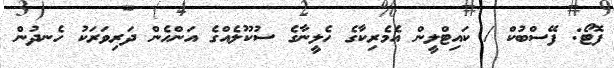
ފޮޓޯ: ފޭސްބުކް / ކައިޓްލީން އެމެރިކާގެ ހެލީނާގެ ސުކޫލެއްގެ އަންހެން ދަރިވަރަކު ހެނދުން